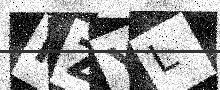
Text: HZYL